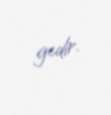
gedir.